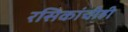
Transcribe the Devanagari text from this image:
रसिकांचीही